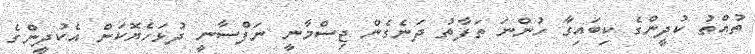
ތުއްތު ކުދީންގެ ކިބައިގާ ހުންނަ ތަފާތު ދަނެގެން ޖިސްމާނީ ނަފްސާނީ ދުޅަހެޔޮކަން އެކުދީންގެ